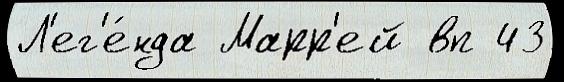
Л'ег'е́нда Марр'ей вп 43